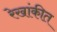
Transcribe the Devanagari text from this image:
रेखांकीत